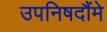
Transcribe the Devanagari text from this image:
उपनिषदौंमे